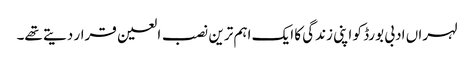
لہراں ادبی بورڈ کو اپنی زندگی کا ایک اہم ترین نصب العین قرار دیتے تھے۔